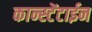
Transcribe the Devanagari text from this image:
कान्स्टेंटाईन